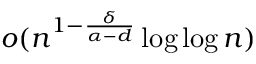
o ( n ^ { 1 - \frac { \delta } { \alpha - d } } \log \log n )